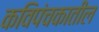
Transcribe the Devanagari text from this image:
कविपंचकातील